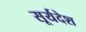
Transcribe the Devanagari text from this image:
सूर्यदेश